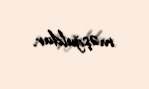
məşğuldur.